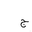
Letter: _gim